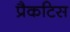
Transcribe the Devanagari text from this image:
प्रैकटिस